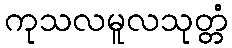
ကုသလမူလသုတ္တံ